Calcutta medical institutions reports 1871-78
Year: 1871
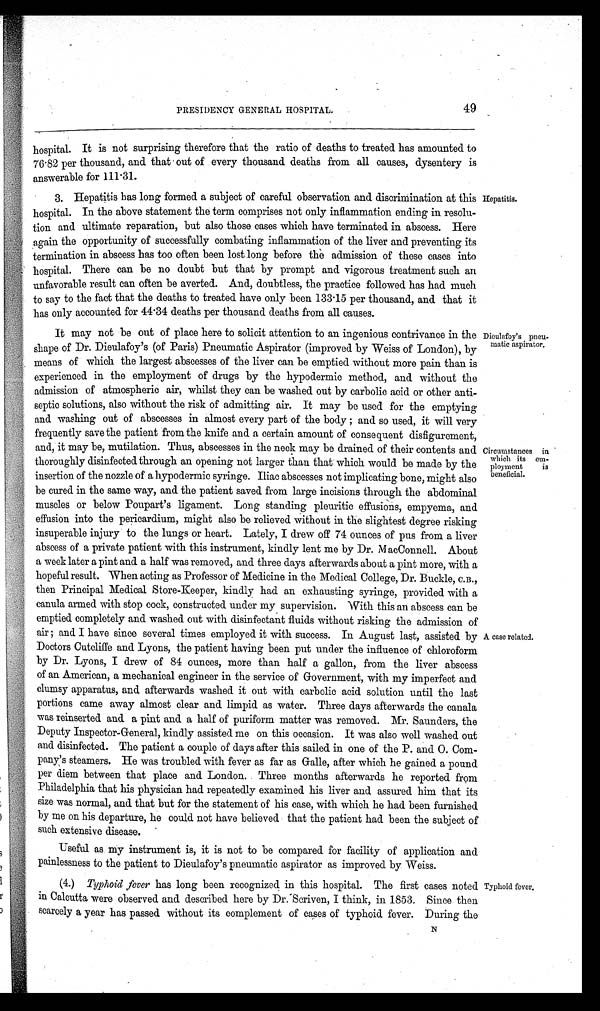
Hepatitis.
Dieulafoy's pneu-
matic aspirator.
Circumstances
in which its em-
ployment is
beneficial.
A case related.
Typhoid fever.
49
PRESIDENCY GENERAL HOSPITAL.
hospital. It is not surprising therefore that the ratio of deaths to treated has amounted to
76.82 per thousand, and that out of every thousand deaths from all causes, dysentery is
answerable for 111.31.
3. Hepatitis has long formed a subject of careful observation and discrimination at this
hospital. In the above statement the term comprises not only inflammation ending in resolu-
tion and ultimate reparation, but also those cases which have terminated in abscess. Here
again the opportunity of successfully combating inflammation of the liver and preventing its
termination in abscess has too often been lost long before the admission of these cases into
hospital. There can be no doubt but that by prompt and vigorous treatment such an
unfavorable result can often be averted. And, doubtless, the practice followed has had much
to say to the fact that the deaths to treated have only been 133 .15 per thousand, and that it
has only accounted for 44.34 deaths per thousand deaths from all causes.
It may not be out of place here to solicit attention to an ingenious contrivance in the
shape of Dr. Dieulafoy's (of Paris) Pneumatic Aspirator (improved by Weiss of London), by
means of which the largest abscesses of the liver can be emptied without more pain than is
experienced in the employment of drugs by the hypodermic method, and without the
admission of atmospheric air, whilst they can be washed out by carbolic acid or other anti-
septic solutions, also without the risk of admitting air. It may be used for the emptying
and washing out of abscesses in almost every part of the body ; and so used, it will very
frequently save the patient from the knife and a certain amount of consequent disfigurement,
and, it may be, mutilation. Thus, abscesses in the neck may be drained of their contents and
thoroughly disinfected through an opening not larger than that which would be made by the
insertion of the nozzle of a hypodermic syringe. Iliac abscesses not implicating bone, might also
be cured in the same way, and the patient saved from large incisions through the abdominal
muscles or below Poupart's ligament. Long standing pleuritic effusions, empyema, and
effusion into the pericardium, might also be relieved without in the slightest degree risking
insuperable injury to the lungs or heart. Lately, I drew off 74 ounces of pus from a liver
abscess of a private patient with this instrument, kindly lent me by Dr. MacConnell. About
a week later a pint and a half was removed, and three days afterwards about a pint more, with a
hopeful result. When acting as Professor of Medicine in the Medical College, Dr. Buckle, C.B.,
then Principal Medical Store-Keeper, kindly had an exhausting syringe, provided with a
canula armed with stop cock, constructed under my supervision. With this an abscess can be
emptied completely and washed out with disinfectant fluids without risking the admission of
air ; and I have since several times employed it with success. In August last, assisted by
Doctors Cutcliffe and Lyons, the patient having been put under the influence of chloroform
by Dr. Lyons, I drew of 84 ounces, more than half a gallon, from the liver abscess
of an American, a mechanical engineer in the service of Government, with my imperfect and
clumsy apparatus, and afterwards washed it out with carbolic acid solution until the last
portions came away almost clear and limpid as water. Three days afterwards the canala
was reinserted and a pint and a half of puriform matter was removed. Mr. Saunders, the
Deputy Inspector-General, kindly assisted me on this occasion. It was also well washed out
and disinfected. The patient a couple of days after this sailed in one of the P. and O. Com-
pany's steamers. He was troubled with fever as far as Galle, after which he gained a pound
per diem between that place and London. Three months afterwards he reported from
Philadelphia that his physician had repeatedly examined his liver and assured him that its
size was normal, and that but for the statement of his case, with which he had been furnished
by me on his departure, he could not have believed that the patient had been the subject of
such extensive disease.
Useful as my instrument is, it is not to be compared for facility of application and
painlessness to the patient to Dieulafoy's pneumatic aspirator as improved by Weiss.
(4.) Typhoid fever has long been recognized in this hospital. The first cases noted
in Calcutta were observed and described here by Dr. - Scriven, I think, in 1853. Since then
scarcely a year has passed without its complement of cases of typhoid fever. During the
N